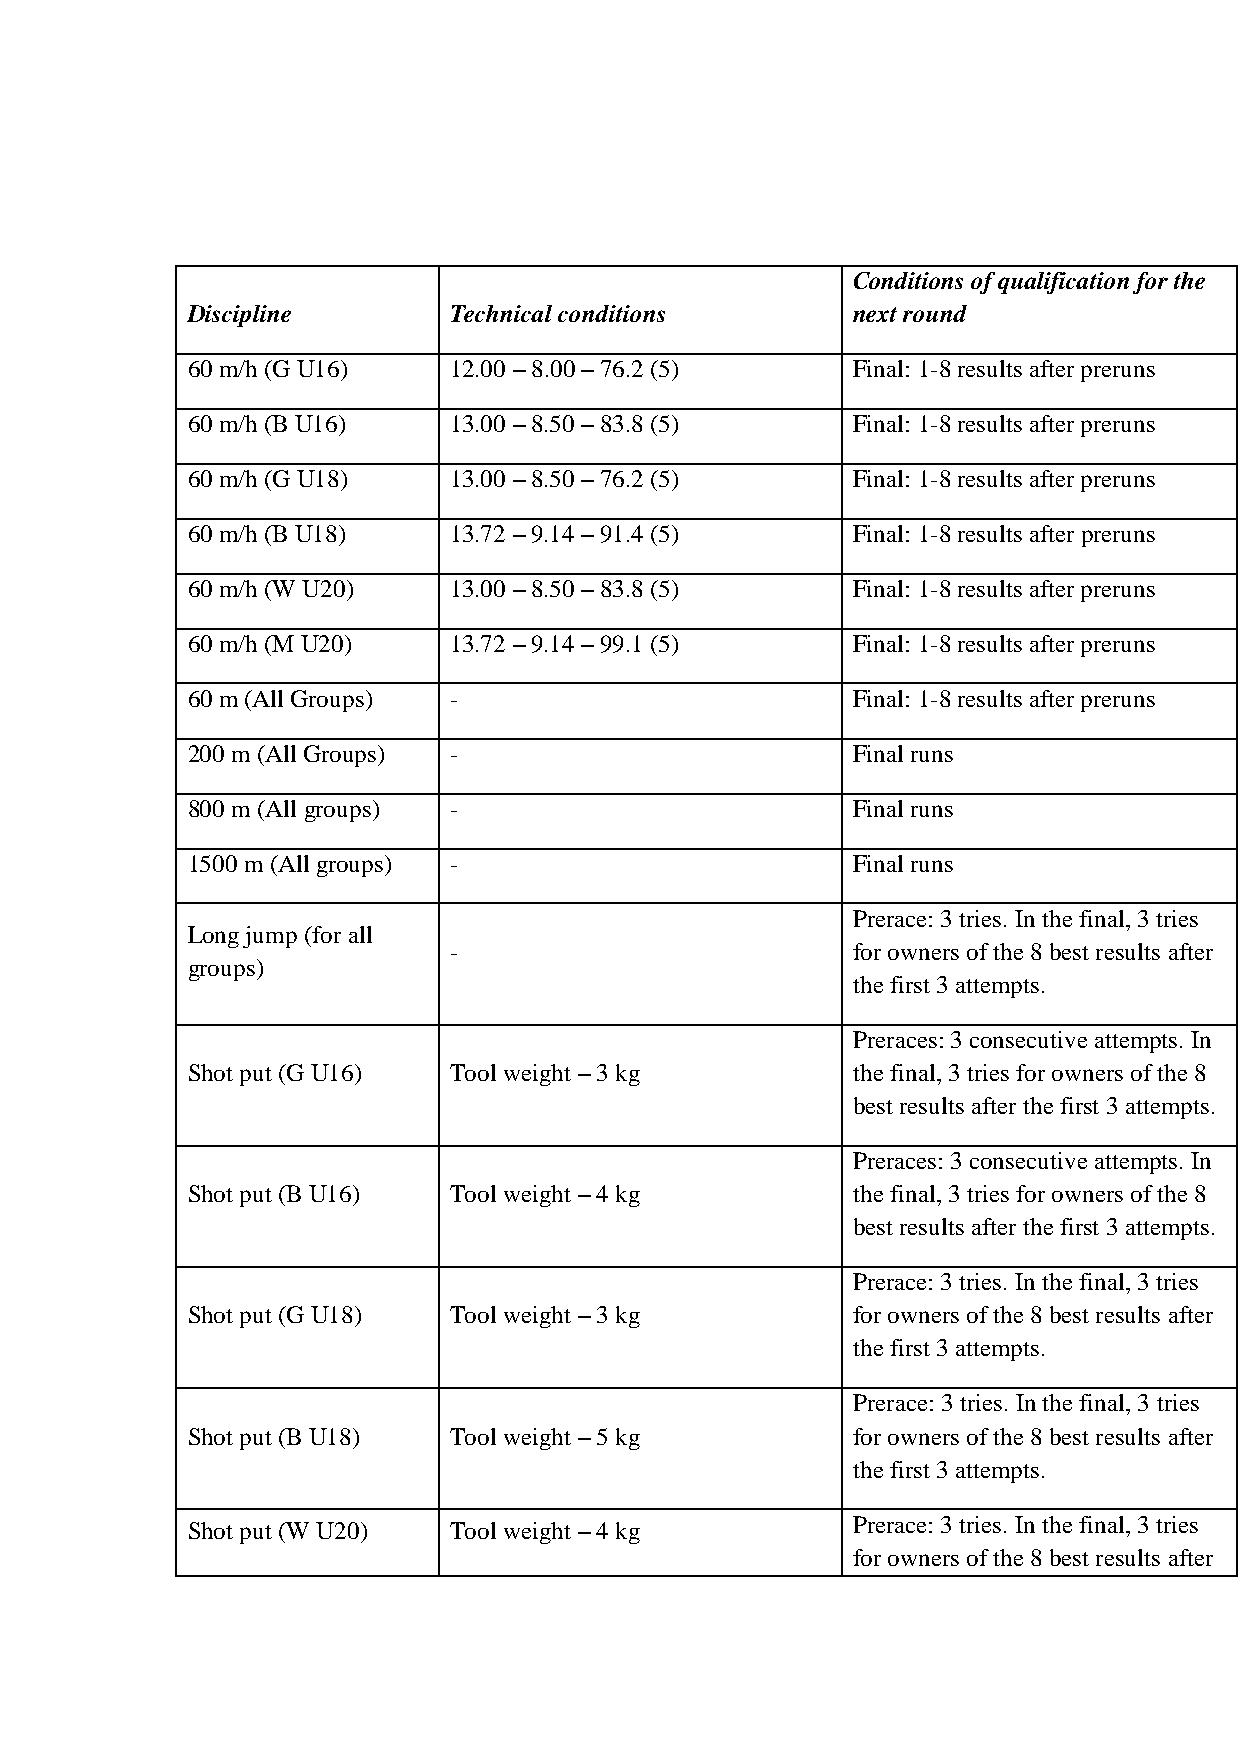
Conditions of qualification for the
 Discipline        Technical conditions      next round
 60 m/h (G U16)    12.00 – 8.00 – 76.2 (5)   Final: 1-8 results after preruns
 60 m/h (B U16)    13.00 – 8.50 – 83.8 (5)   Final: 1-8 results after preruns
 60 m/h (G U18)    13.00 – 8.50 – 76.2 (5)   Final: 1-8 results after preruns
 60 m/h (B U18)    13.72 – 9.14 – 91.4 (5)   Final: 1-8 results after preruns
 60 m/h (W U20)    13.00 – 8.50 – 83.8 (5)   Final: 1-8 results after preruns
 60 m/h (M U20)    13.72 – 9.14 – 99.1 (5)   Final: 1-8 results after preruns
 60 m (All Groups) -                         Final: 1-8 results after preruns
 200 m (All Groups) -                        Final runs
 800 m (All groups) -                        Final runs
 1500 m (All groups) -                       Final runs
 Prerace: 3 tries. In the final, 3 tries
 Long jump (for all
 -                         for owners of the 8 best results after
 groups)
 the first 3 attempts.
 Preraces: 3 consecutive attempts. In
 Shot put (G U16)  Tool weight – 3 kg        the final, 3 tries for owners of the 8
 best results after the first 3 attempts.
 Preraces: 3 consecutive attempts. In
 Shot put (B U16)  Tool weight – 4 kg        the final, 3 tries for owners of the 8
 best results after the first 3 attempts.
 Prerace: 3 tries. In the final, 3 tries
 Shot put (G U18)  Tool weight – 3 kg        for owners of the 8 best results after
 the first 3 attempts.
 Prerace: 3 tries. In the final, 3 tries
 Shot put (B U18)  Tool weight – 5 kg        for owners of the 8 best results after
 the first 3 attempts.
 Shot put (W U20)  Tool weight – 4 kg        Prerace: 3 tries. In the final, 3 tries
 for owners of the 8 best results after